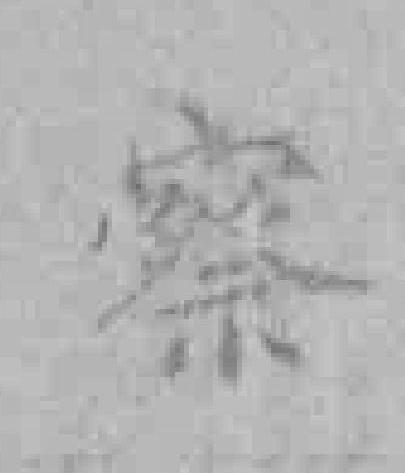
察